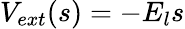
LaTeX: V_{ext}(s)=-E_{l}s